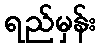
ရည်မှန်း